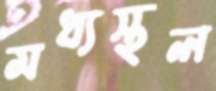
মধ্যস্থল